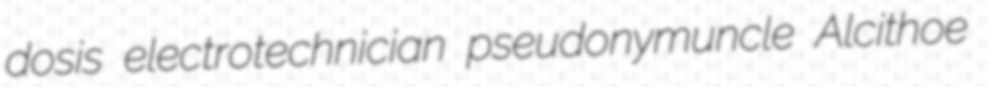
dosis electrotechnician pseudonymuncle Alcithoe